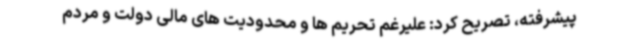
پیشرفته، تصریح کرد: علیرغم تحریم ها و محدودیت های مالی دولت و مردم